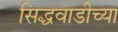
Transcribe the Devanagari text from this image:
सिद्धवाडीच्या